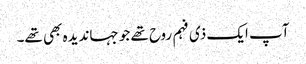
آپ ایک ذی فہم روح تھے جو جہاندیدہ بھی تھے۔